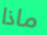
ماذا